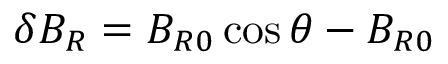
\delta { B _ { R } } = B _ { R 0 } \cos \theta - B _ { R 0 }